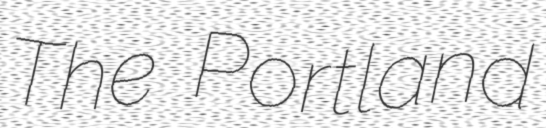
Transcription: The Portland